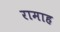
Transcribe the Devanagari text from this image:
रामाह